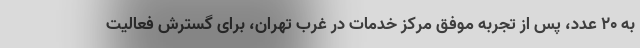
به ۲۰ عدد، پس از تجربه موفق مرکز خدمات در غرب تهران، برای گسترش فعالیت